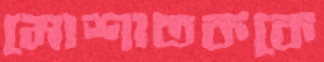
মোশাতককে